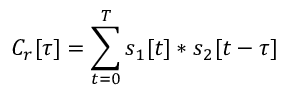
C _ { r } [ \tau ] = \sum _ { t = 0 } ^ { T } s _ { 1 } [ t ] * s _ { 2 } [ t - \tau ]